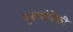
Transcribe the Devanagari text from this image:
पुरूषांपैकी